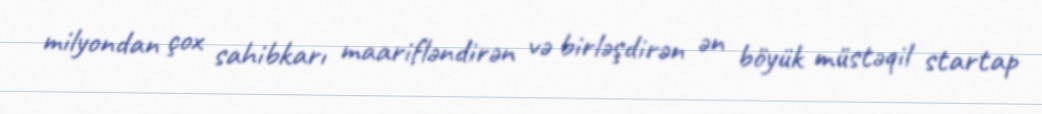
milyondan çox sahibkarı maarifləndirən və birləşdirən ən böyük müstəqil startap